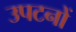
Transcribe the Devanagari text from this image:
उपटनों